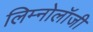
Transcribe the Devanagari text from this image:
लिम्नोलॉजी